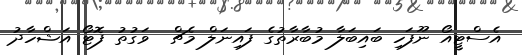
އެސްޓީއޯ ނޫފަހި ބައިބަލާ މުބާރާތުގެ ފައިނަލް މެޗް  ވަގުތު ފޮޓޯ އަޝްހާދު